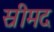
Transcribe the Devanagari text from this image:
स्रीमद